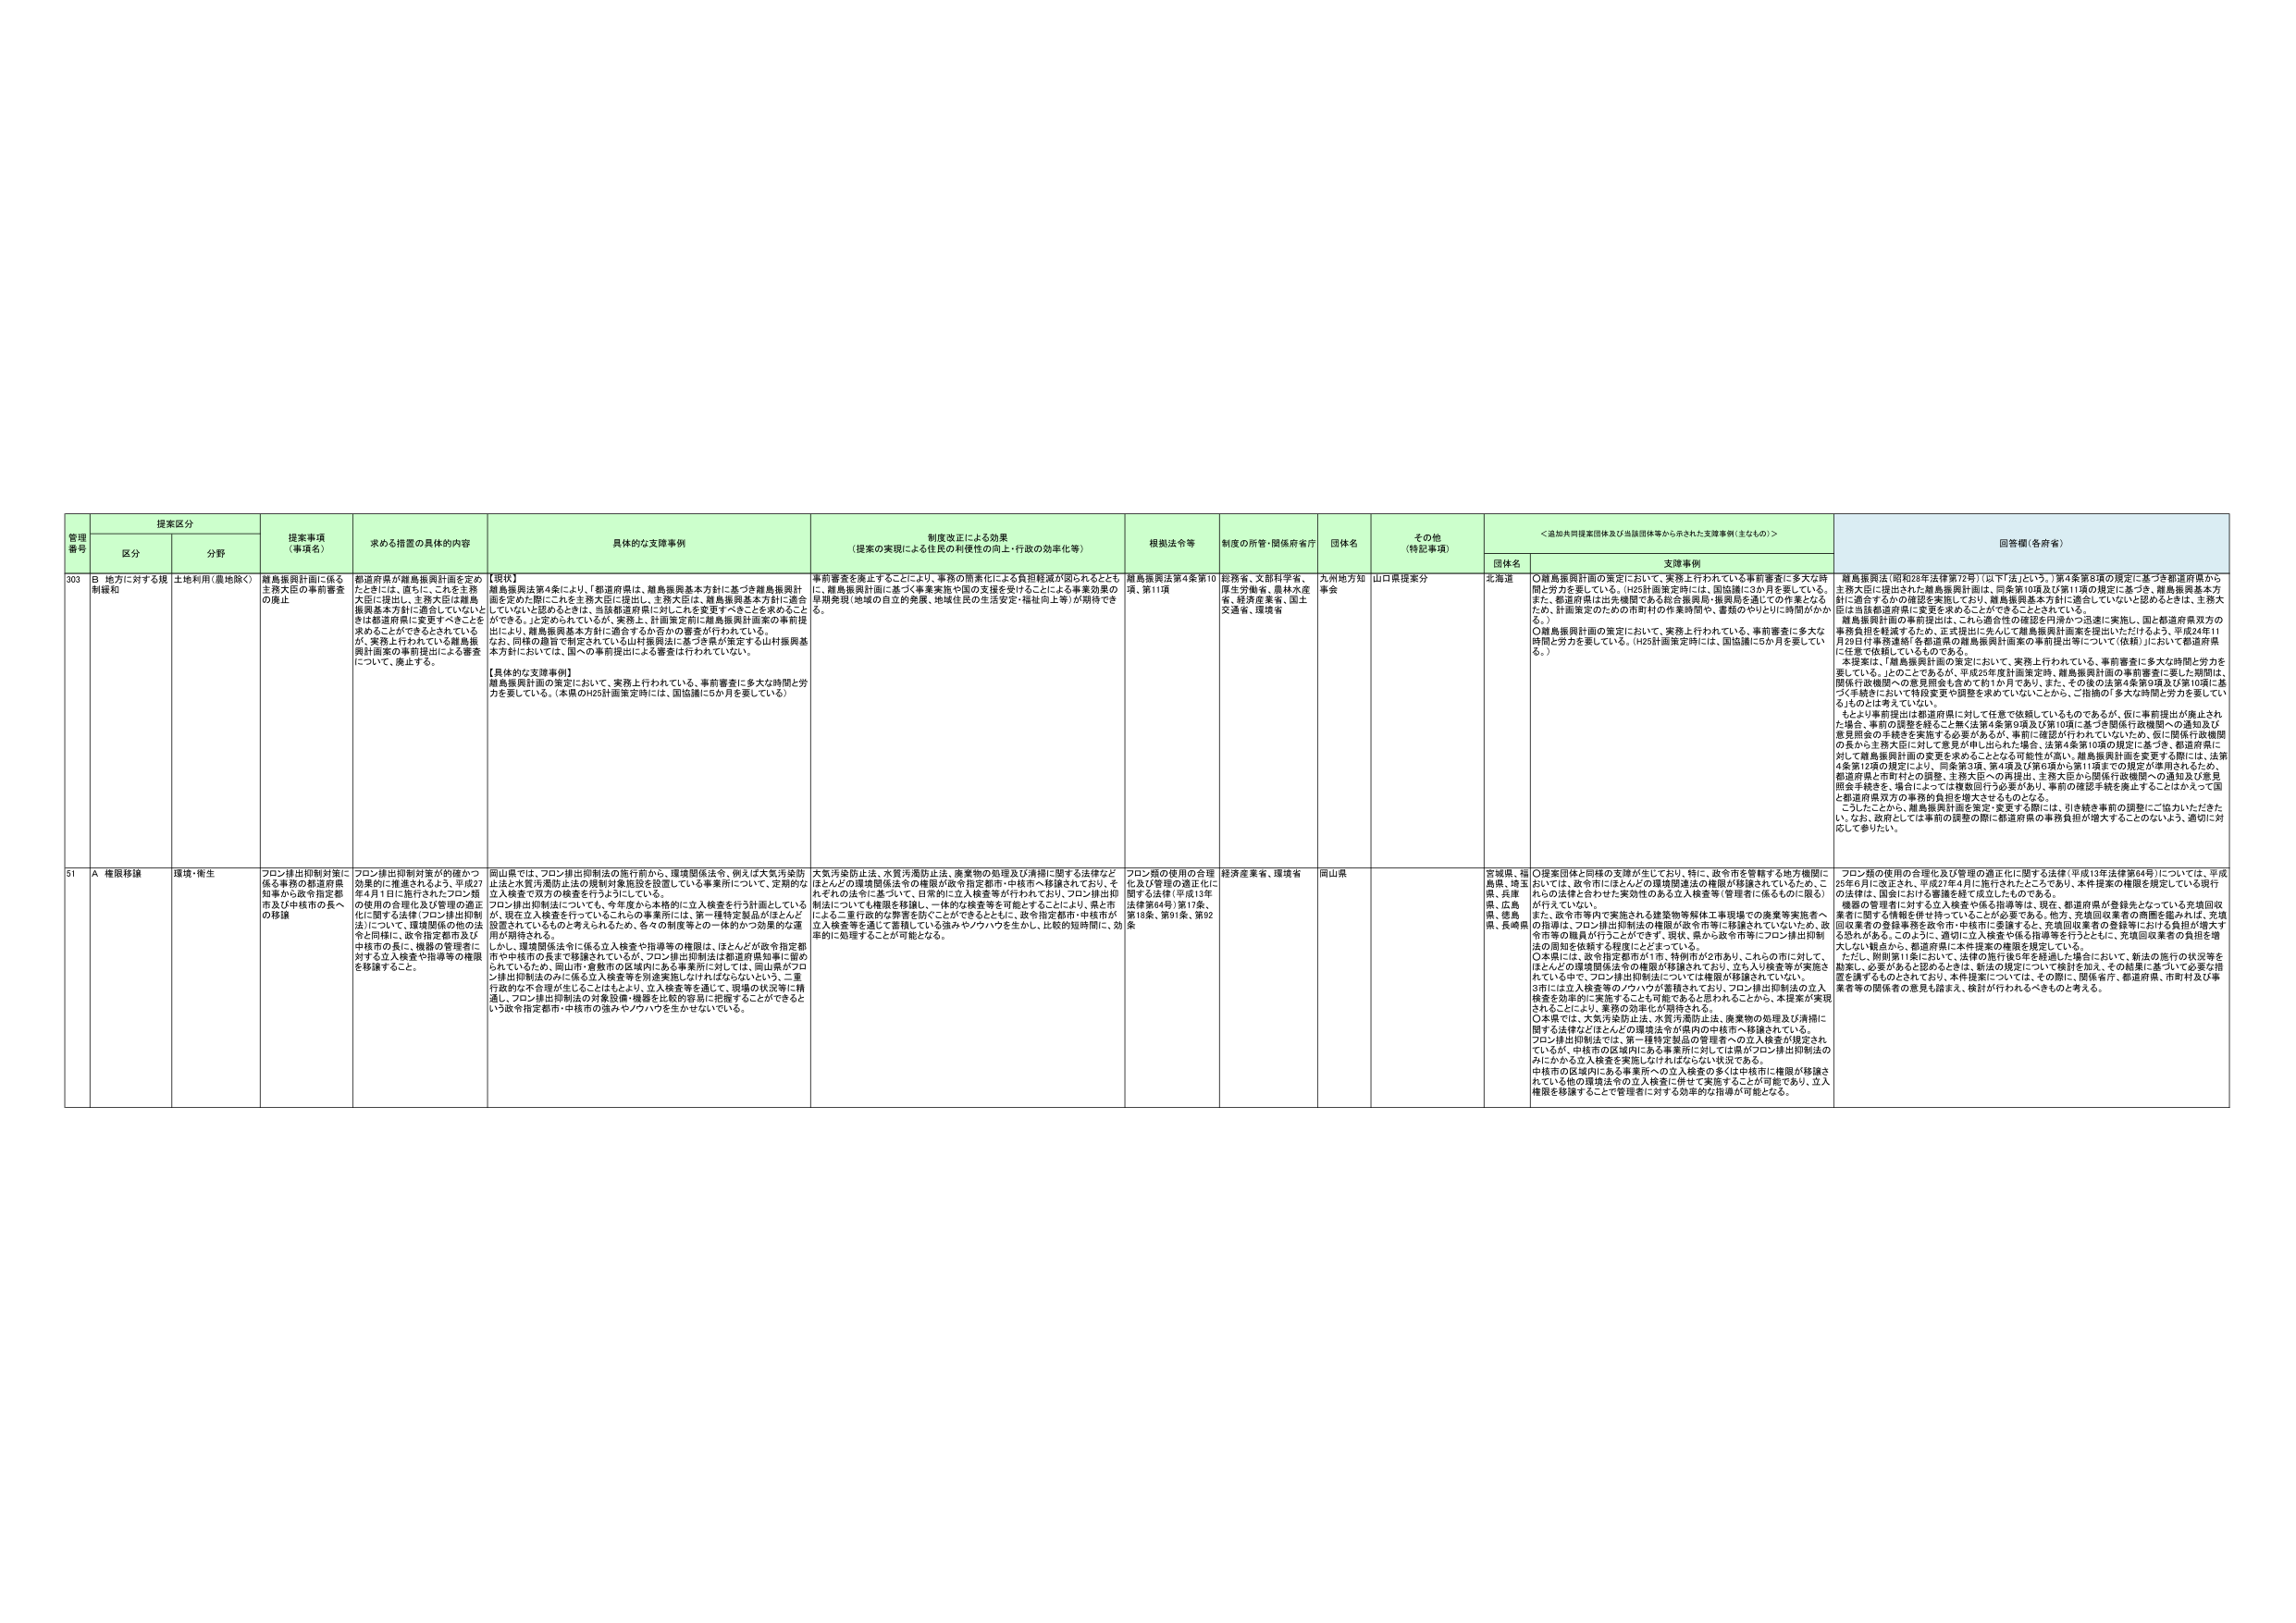
管理番号 提案区分 提案事項（事項名） 求める措置の具体的内容 具体的な支援事例 制度改正による効果（提案の実現による住民の利便性の向上・行政の効率化等） 根拠法令等 制度の所管・関係府省庁 団体名 その他（特記事項） ＜追加共同提案団体及び当該団体等から示された支援事例（主なもの）＞ 回答欄（各省庁） 区分 分野 団体名 支援事例 303 B 地方に対する規制緩和 土地利用（農地除く） 離島振興計画に係る主務大臣の事前審査の廃止 都道府県が離島振興計画を定めたときには、直ちにこれを主務大臣に提出し、主務大臣は離島振興基本方針に適合していないときは都道府県に変更すべきことを求めることが定められているが、実務上行われている離島振興計画案の事前提出による審査について、廃止する。 【現状】 離島振興法第4条により、「都道府県は、離島振興基本方針に基づき離島振興計画を定めた際にはこれを主務大臣に提出し、主務大臣は、離島振興基本方針に適合していないと認めるときは、当該都道府県に対してこれを変更すべきことを求めることができる。」と定められているが、実務上、計画案定期に離島振興計画案の事前提出により、離島振興基本方針に適合するか否かの審査が行われている。なお、同様の趣旨で制定されている山村振興法に基づき県が策定する山村振興基本方針においては、国への事前提出による審査は行われていない。 【具体的な支援事例】 離島振興計画の策定において、実務上行われている、事前審査に多大な時間と労力を要している。（本県のH25計画策定時には、国協議に5か月を要している） 事前審査を廃止することにより、事務の簡素化による負担軽減が図られるとともに、離島振興計画に基づく事業実施や国の支援を受けることによる事業効果の早期発現（地域の自立的発展、地域住民の生活安定・福祉向上等）が期待できる。 離島振興法第4条第10項、第11項 総務省、文部科学省、厚生労働省、農林水産省、経済産業省、国土交通省、環境省 九州地方知事会 山口県提案分 北海道 ○離島振興計画の策定において、実務上行われている事前審査に多大な時間と労力を要している。（H25計画策定時には、国協議に5か月を要している。） また、都道府県は出先機関である総合振興局・振興局を通じての作業となるため、計画策定のための市町村の作業時間・書類のやりとりに時間がかかる。 ○離島振興計画の策定において、実務上行われている、事前審査に多大な時間と労力を要している。（H25計画策定時には、国協議に5か月を要している。） 離島振興法（昭和28年法律72号）（以下「法」という。）第4条第8項の規定に基づき都道府県から主務大臣に提出された離島振興計画は、同条第10項及び第11項の規定に基づき、離島振興基本方針に適合するかの確認を実施しており、離島振興基本方針に適合していないと認めるときは、主務大臣は当該都道府県に変更を求めることができることとされている。 離島振興計画の事前提出は、これに適合性の確認を円滑かつ迅速に実施し、国と都道府県双方の事務負担を軽減するため、正式提出に先立って離島振興計画案を提出いただけるよう、平成24年11月29日付事務連絡「各都道県の離島振興計画案の事前提出等について（依頼）」において都道府県に任意で依頼しているものである。 本提案は、「離島振興計画の策定において、実務上行われている、事前審査に多大な時間と労力を要している。」とのことであるが、平成25年度計画策定時、離島振興計画の事前審査に要した期間は、関係行政機関への意見照会も含めて約1か月であり、また、その後の法第4条第9項及び第10項に基づく手続きにおいて特別変更や調整を求めていないことから、ご指摘の「多大な時間と労力を要している」ものとは考えていない。 もとより事前提出は都道府県に対して任意で依頼しているものであるが、仮に事前提出が廃止された場合、事前の調整を経ること無く法第4条第9項及び第10項に基づき関係行政機関への通知及び意見照会の手続きを実施する必要があるが、事前に確認が行われていないため、仮に関係行政機関の長から主務大臣に対して意見が申し出られた場合、法第4条第10項の規定に基づき、都道府県に対して離島振興計画の変更を求めることがなる可能性が高く、離島振興計画を変更する際には、法第4条第12項の規定により、同条第3項、第4項及び第6項から第11項までの規定が準用されるため、都道府県と市町村との調整、主務大臣への再提出、主務大臣から関係行政機関への通知及び意見照会手続きを、場合によっては複数回行う必要があり、事前の確認手続きを廃止することはかえって国と都道府県双方の事務的負担を増大させるものとなる。 こうしたことから、離島振興計画を策定・変更する際には、引き続き事前の調整にご協力いただきたい。なお、政府としては事前の調整の際に都道府県の事務負担が増大することのないよう、適切に対応して参りたい。 51 A 権限移譲 環境・衛生 フロン排出抑制対策に係る事務の都道府県知事から政令指定都市及び中核市の長への移譲 フロン排出抑制対策が的確かつ効果的に推進されるよう、平成27年4月1日に施行されたフロン類の使用の合理化及び管理の適正化に関する法律（フロン排出抑制法）について、環境関係の他の法令と同様に、政令指定都市及び中核市の長に、機器の管理者に対する立入検査や指導等の権限を移譲すること。 岡山県では、フロン排出抑制法の施行前から、環境関係法令、例えば大気汚染防止法や水質汚濁防止法の規制対象施設を設置している事業所について、定期的な立入検査で双方の検査を行うようにしている。 フロン排出抑制法についても、今年度から本格的に立入検査を行う計画としているが、現在立入検査を行っているこれらの事業所には、第一種特定製品がほとんど設置されているものと考えられるため、各々の制度等との一体的かつ効果的な運用が期待される。 しかし、環境関係法令に係る立入検査や指導等の権限は、ほとんどが政令指定都市や中核市の長まで移譲されているが、フロン排出抑制法は都道府県知事に留められているため、岡山市・倉敷市の区域内にある事業所に対しては、岡山県がフロン排出抑制法のみに係る立入検査等を別途実施しなければならないという、二重行政的な不合理が生じることはある。立入検査等を通じて、現場の状況等に精通し、フロン排出抑制法の対象設備・機器を比較的容易に把握することができるという政令指定都市・中核市の強みやノウハウを生かせないでいる。 大気汚染防止法、水質汚濁防止法、廃棄物の処理及び清掃に関する法律などほとんどの環境関係法令の権限が政令指定都市・中核市へ移譲されており、それぞれの法令に基づいて、日常的に立入検査等が行われており、フロン排出抑制法についても権限を移譲し、一体的な検査等を可能とすることにより、県と市による二重行政的な神奈を防ぐことができるとともに、政令指定都市・中核市が立入検査等を通じて蓄積している強みやノウハウを生かし、比較的短時間に、効率的に処理することが可能となる。 フロン類の使用の合理化及び管理の適正化に関する法律（平成13年法律第64号）第17条、第18条、第91条、第92条 経済産業省、環境省 岡山県 宮城県、福島県、埼玉県、兵庫県、広島県、徳島県、長崎県 ○提案団体と同様の支援が生じており、特に、政令市を管轄する地方機関においては、政令市にはほとんどの環境関係法の権限が移譲されているため、これらの法律と合わせた実効性のある立入検査等（管理者に係るものに限る）が行えている。 また、政令市管内で実施される建築物等解体工事現場での廃棄等実施者への指導は、フロン排出抑制法の権限が政令市等に移譲されていないため、政令市等の職員が行うことができず、現状、県から政令市等にフロン排出抑制法の周知を依頼する程度にとどまっている。 ○本県には、政令指定都市が1市、特別市が2市あり、これらの市に対して、ほとんどの環境関係法令の権限が移譲されており、立入り検査等が実施されている中で、フロン排出抑制法については権限が移譲されていない。 3月には立入検査等のノウハウが蓄積されており、フロン排出抑制法の立入検査を効率的に実施することも可能であると思われるところから、本提案が実現されることにより、業務の効率化が期待される。 ○本県では、大気汚染防止法、水質汚濁防止法、廃棄物の処理及び清掃に関する法律などほとんどの環境法令が県内の中核市へ移譲されている。フロン排出抑制法では、第一種特定製品の管理者への立入検査が規定されているが、中核市の区域内にある事業所に対しては県がフロン排出抑制法の対象設備・機器を把握する必要がある。中核市の区域内にある事業所への立入検査の多くは中核市に権限が移譲されている他の環境法令の立入検査に併せて実施することが可能であり、立入権限を移譲することで管理者に対する効率的な指導が可能となる。 フロン類の使用の合理化及び管理の適正化に関する法律（平成13年法律第64号）については、平成25年6月に改正され、平成27年4月に施行されたところであり、本件提案の権限を規定している現行の法律は、国令における審議を経て成立したものである。 機器の管理者に対する立入検査や係る指導等は、現在、都道府県が登録先となっている充填回収業者に関する情報を併せて行うことが必要である。他方、充填回収業者の商圏を越えれば、充填回収業者の登録事務を政令市・中核市に委譲すると、充填回収業者の登録等にかけた負担が増大する恐れがある。このように、適切に立入検査や係る指導等を行うとともに、充填回収業者の負担を増大しない観点から、都道府県に本件提案の権限を規定している。 ただし、附則第11条において、法律の施行後5年を経過した場合において、新法の施行の状況等を勘案し、必要があると認めるときは、新法の規定について検討を加え、その結果に基づいて必要な措置を講ずるものとされており、本件提案については、その際に、関係省庁、都道府県、市町村及び事業者等の関係者の意見も踏まえ、検討が行われるべきものと考える。